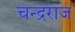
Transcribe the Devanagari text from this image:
चन्द्रराज